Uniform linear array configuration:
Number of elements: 48
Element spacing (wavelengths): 0.25
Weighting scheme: blackman
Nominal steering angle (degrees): -15
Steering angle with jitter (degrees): -13.237
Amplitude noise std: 0.05
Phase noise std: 0.05

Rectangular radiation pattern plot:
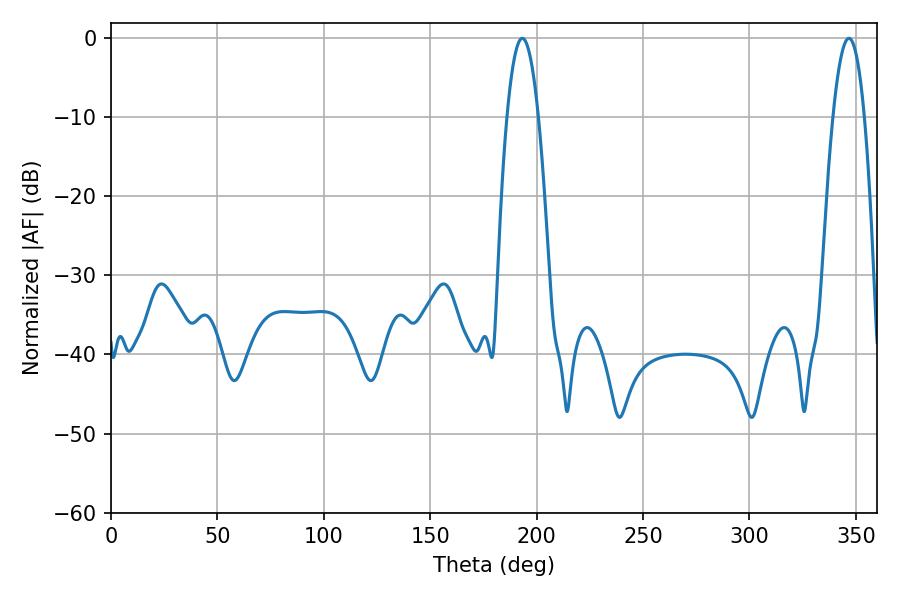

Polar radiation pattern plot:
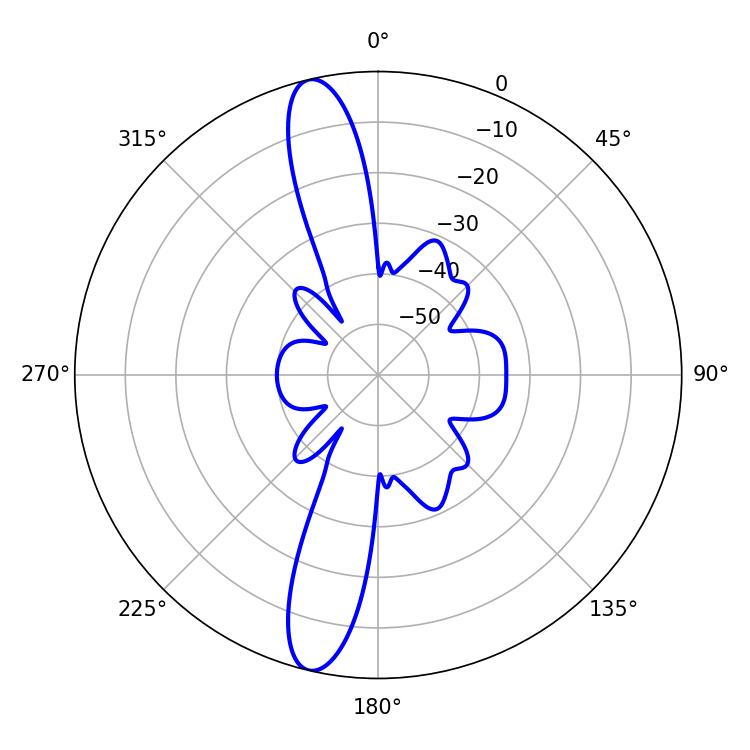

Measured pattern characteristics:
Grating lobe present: FALSE
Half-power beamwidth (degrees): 8.1
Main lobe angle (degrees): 193.32